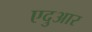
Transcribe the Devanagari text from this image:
एदुआर